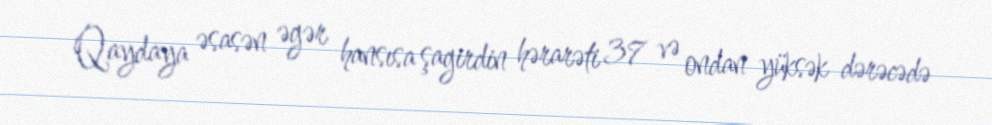
Qaydaya əsasən əgər hansısa şagirdin hərarəti 37 və ondan yüksək dərəcədə